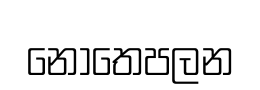
නොතෙපලන